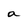
Character: a